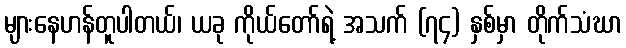
များနေဟန်တူပါတယ်၊ ယခု ကိုယ်တော်ရဲ့ အသက် (၇၄) နှစ်မှာ တိုက်သံဃာ